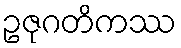
ဥဇုဂတိကဿ